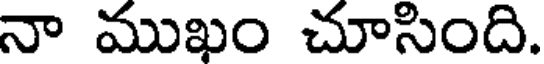
నా ముఖం చూసింది.